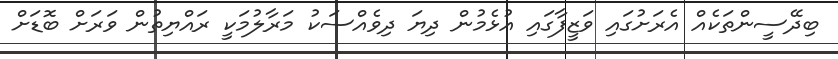
ބިދޭސީންތަކެއް އެރަށުގައި ވަޒީފާގައި އުޅެމުން ދިޔަ ދިވެއްސަކު މަރާލުމަކީ ރައްޔިތުން ވަރަށް ބޮޑަށް